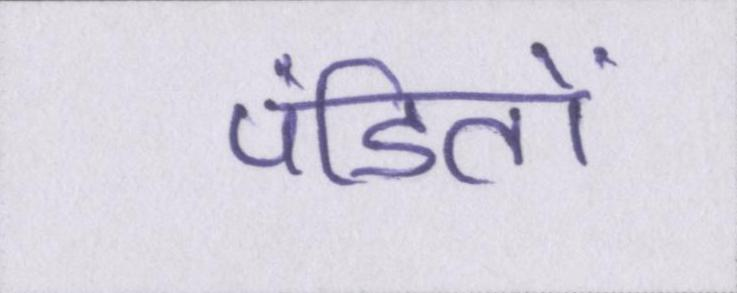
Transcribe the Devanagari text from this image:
पंडितों